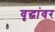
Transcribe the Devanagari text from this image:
वृद्धांवर